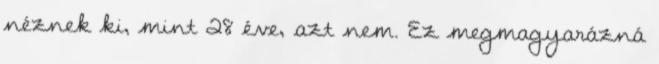
néznek ki, mint 28 éve, azt nem. Ez megmagyarázná